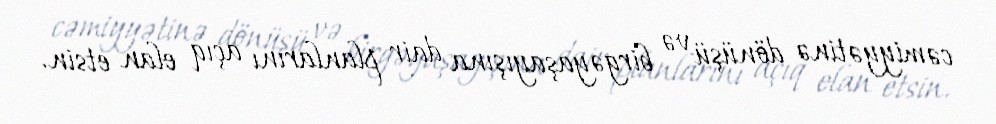
cəmiyyətinə dönüşü və birgəyaşayışına dair planlarını açıq elan etsin.